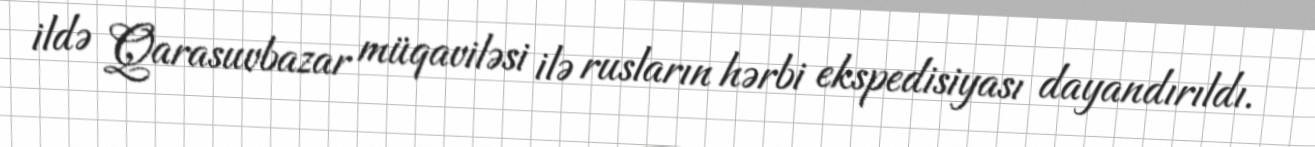
ildə Qarasuvbazar müqaviləsi ilə rusların hərbi ekspedisiyası dayandırıldı.